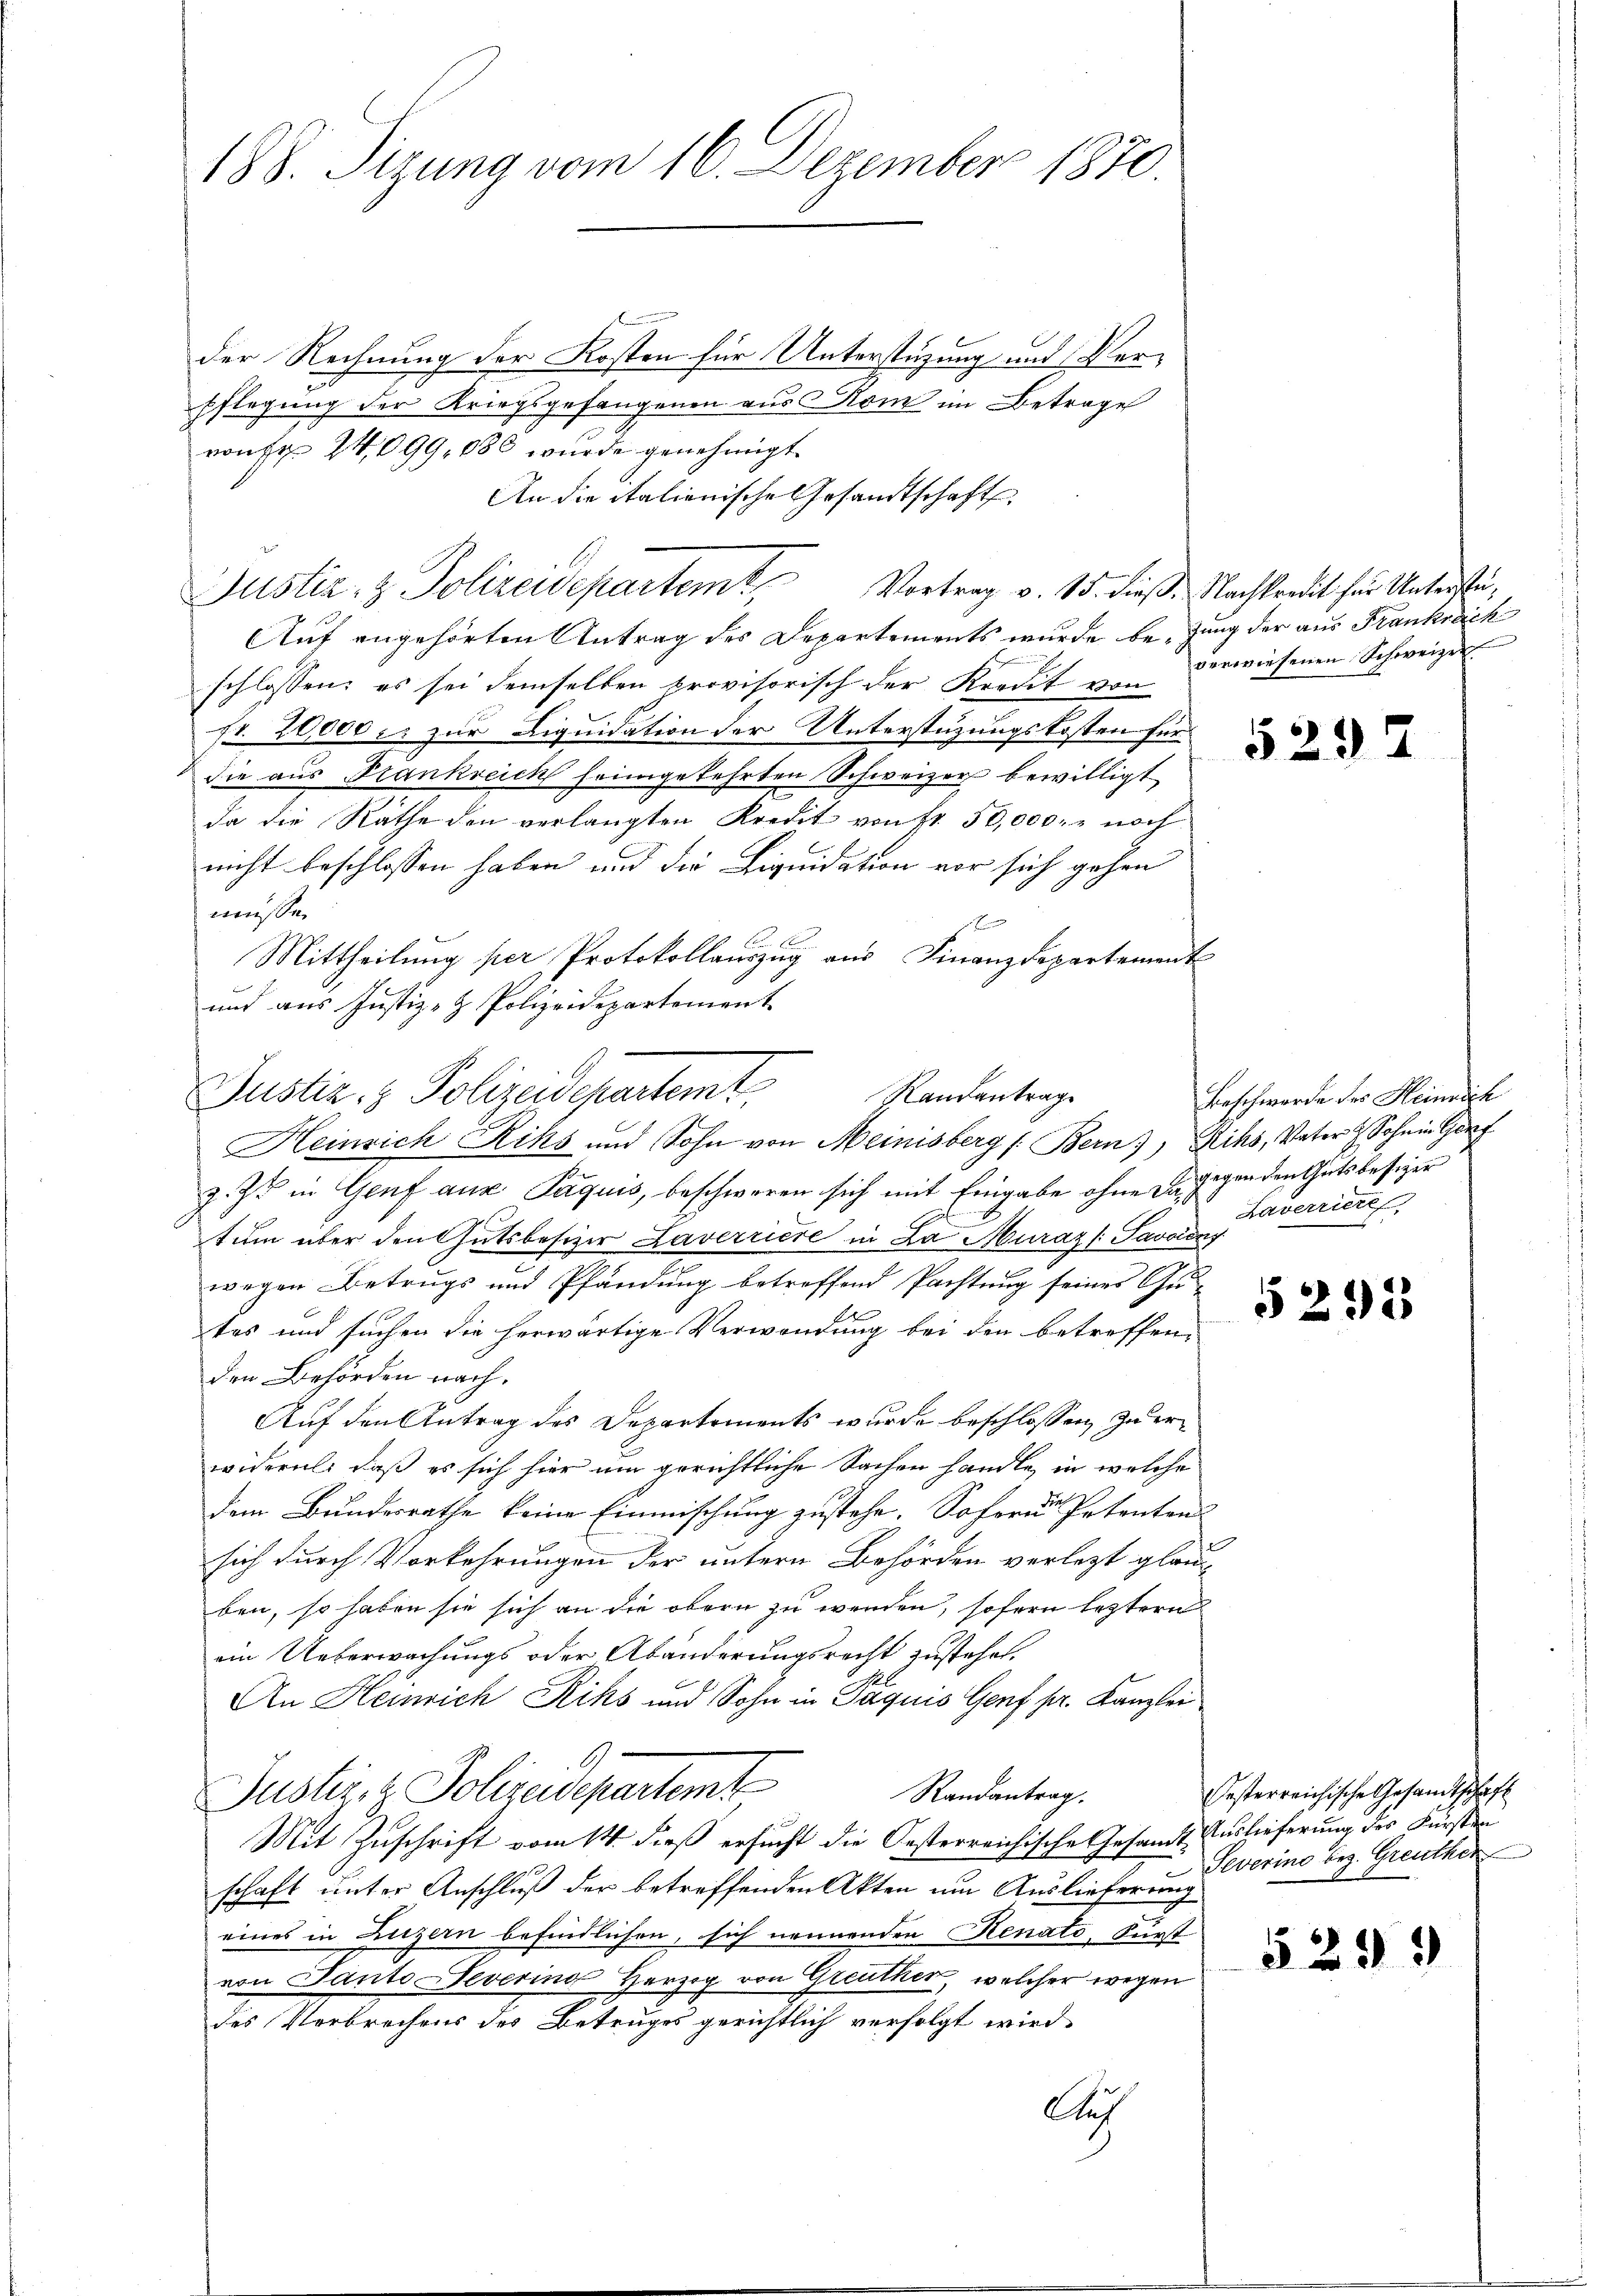
188. Sizung vom 16. Dezember 1870.

der Rechnung der Kosten für Unterstüzung und Ver¬
Pflegung der Kriegsgefangenen aus Rom im Betrage
vonsp. 24,099,080 wurde genehmigt
An die italienische Gesandtschafts
Justiz- & Polizeidepartem Vortrag v. 15. dieß. Nachtredit für Untersteu¬
Auf angehörten Antrag des Departements wurde be- Jung der aus Frankreich
schlossen: es sei demselben provisorisch der Kredit von verwiesenen Schweizer
pr. 20000 u. zur Liquidation der Unterstüzungskosten für
die aus Stankreich heimgekehrten Schweizer bewilligt
da die Räthe den verlangten Kredit von fr. 50,000. r noch
nicht beschlossen haben und die Liquidation vor sich gehen
müssen
 Bran
Mittheilung per Protokollauszug aus Finanzdepartement
und aus Justiz- & Polizeidepartement

Justiz- & Polizeidepartemt,
Randantrag

Heinrich Riks und Sohn von Meinisberg (Bern), Rihs, Vater & Sohn in Görf
z. Z. in Genf aus Paquis, beschweren sich mit Eingabe ohne Du gegen den Gutsbesizer
tum über den Gutsbesizer Laverriere in La Muraz (: Savoiony
wegen Betrugs und Pfändung betreffend Pachtung seines Gu-
tes und suchen die herwärtige Verwendung bei den betreffenden Behörden nach.
Auf den Antrag des Departements wurde beschlossen, zu erwideret, daß es sich hier um gerichtliche Sachen handle, in welche
dem Bundesrathe keine Einmischung zustehe. Soferne Petenten
sich durch Vorkehrungen der untern Behörden verletzt glauben, so haben sie sich an die obern zu werden, sofern leztern
ein Ueberwachungs oder Abänderungsrecht zustehet.
An Heinrich Riks und Sohn in Paquis Genf pr. Kanzlei
Justi - Polizeidepartemt
Randantrag.
Mit Zuschrift vom 14. dieß ersucht die Oesterreichische Gesandt Auslieferung des Fürsten
schaft unter Anschluß der betreffenden Akten um Auslieferung
eines in Luzern befindlichen, sich nennenden Renato, Fürst
von Panto Tevering Herzog von Greuther, welcher wegen
des Verbrechens des Betruges gerichtlich verfolgt wird,
Auch

5232

Beschwerde des Heinrich
Laverriert,

5292

esterreichische Gesandtschaft
Severine bez. Greuther

5299